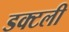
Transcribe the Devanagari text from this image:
डक्टली